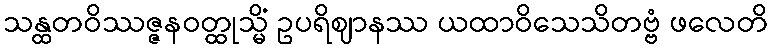
သန္ထတဝိဿဇ္ဇနဝတ္ထုသ္မိံ ဥပရိဈာနဿ ယထာဝိသေသိတဗ္ဗံ ဖလေတိ